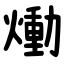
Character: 㷲